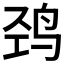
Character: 𱉠